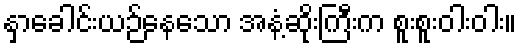
နှာခေါင်းယဉ်နေသော အနံ့ဆိုးကြီးက စူးစူးဝါးဝါး။